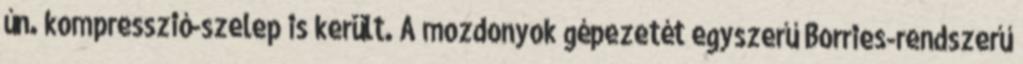
ún. kompresszió-szelep is került. A mozdonyok gépezetét egyszerű Borries-rendszerű